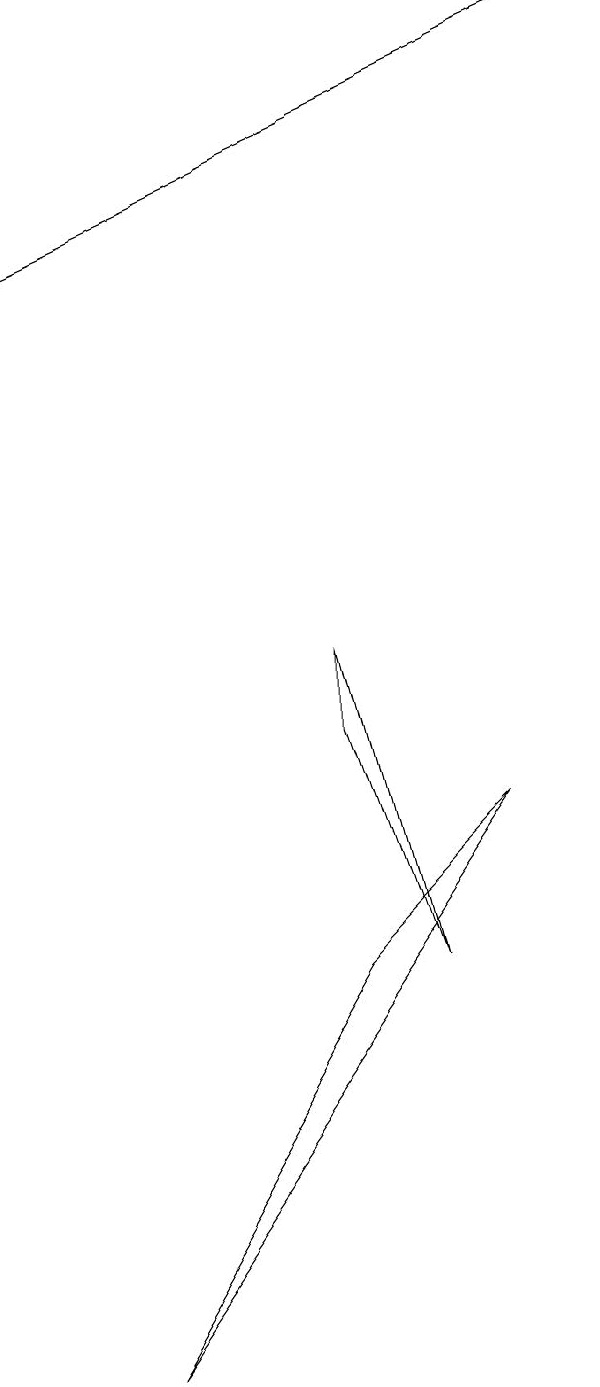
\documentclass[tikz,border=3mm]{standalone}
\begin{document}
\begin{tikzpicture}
\draw (3,0) -- (8,7) -- (6,5) -- cycle;
\draw (6,9) -- (7,5) -- (6,8) -- cycle;
\draw[->] (9,17) -- (2,14);
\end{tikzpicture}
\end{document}